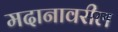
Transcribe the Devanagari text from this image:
मदानावरील